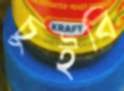
চুইবি